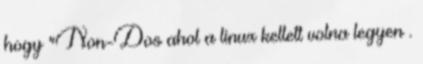
hogy "Non-Dos ahol a linux kellett volna legyen .